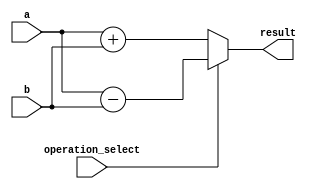
module MixedPrecisionFloatingPointUnit (
    input wire [31:0] a,
    input wire [31:0] b,
    input wire operation_select, // 0 for addition, 1 for subtraction
    output reg [31:0] result
);

always @(*) begin
    if(operation_select == 0) begin
        result = a + b; // Addition operation
    end else begin
        result = a - b; // Subtraction operation
    end
end

endmodule